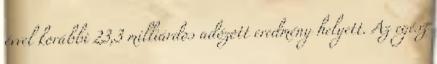
évvel korábbi 23,3 milliárdos adózott eredmény helyett. Az egész